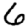
Digit: 6